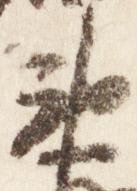
衛